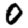
Digit: 0